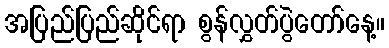
အပြည်ပြည်ဆိုင်ရာ စွန်လွှတ်ပွဲတော်နေ့။